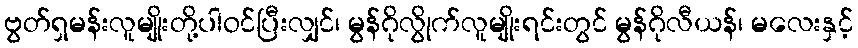
ဗွတ်ရှမန်းလူမျိုးတို့ပါဝင်ပြီးလျှင်၊ မွန်ဂိုလွိုက်လူမျိုးရင်းတွင် မွန်ဂိုလီယန်၊ မလေးနှင့်